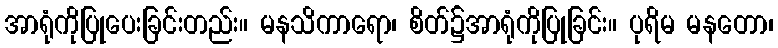
အာရုံကိုပြုပေးခြင်းတည်း။ မနသိကာရော၊ စိတ်၌အာရုံကိုပြုခြင်း။ ပုရိမ မနတော၊